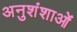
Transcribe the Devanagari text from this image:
अनुशंशाओं